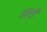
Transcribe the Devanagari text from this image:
वन्शी